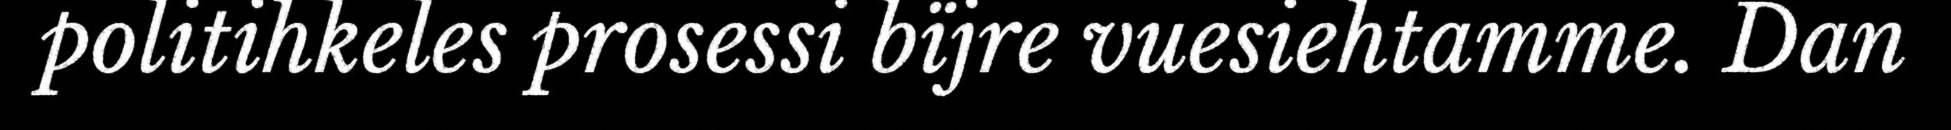
politihkeles prosessi bïjre vuesiehtamme. Dan